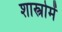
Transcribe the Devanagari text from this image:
शास्त्रोमें